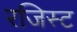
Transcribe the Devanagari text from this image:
रजिस्ट